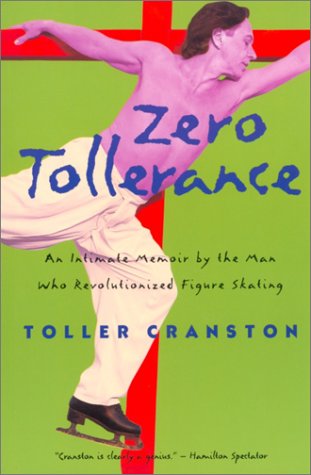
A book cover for Zero Tollerance: An Intimate Memoir by the Man Who Revolutionized Figure Skating; Toller Cranston; Sports & Outdoors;